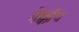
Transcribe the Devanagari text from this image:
मेक्कॉय